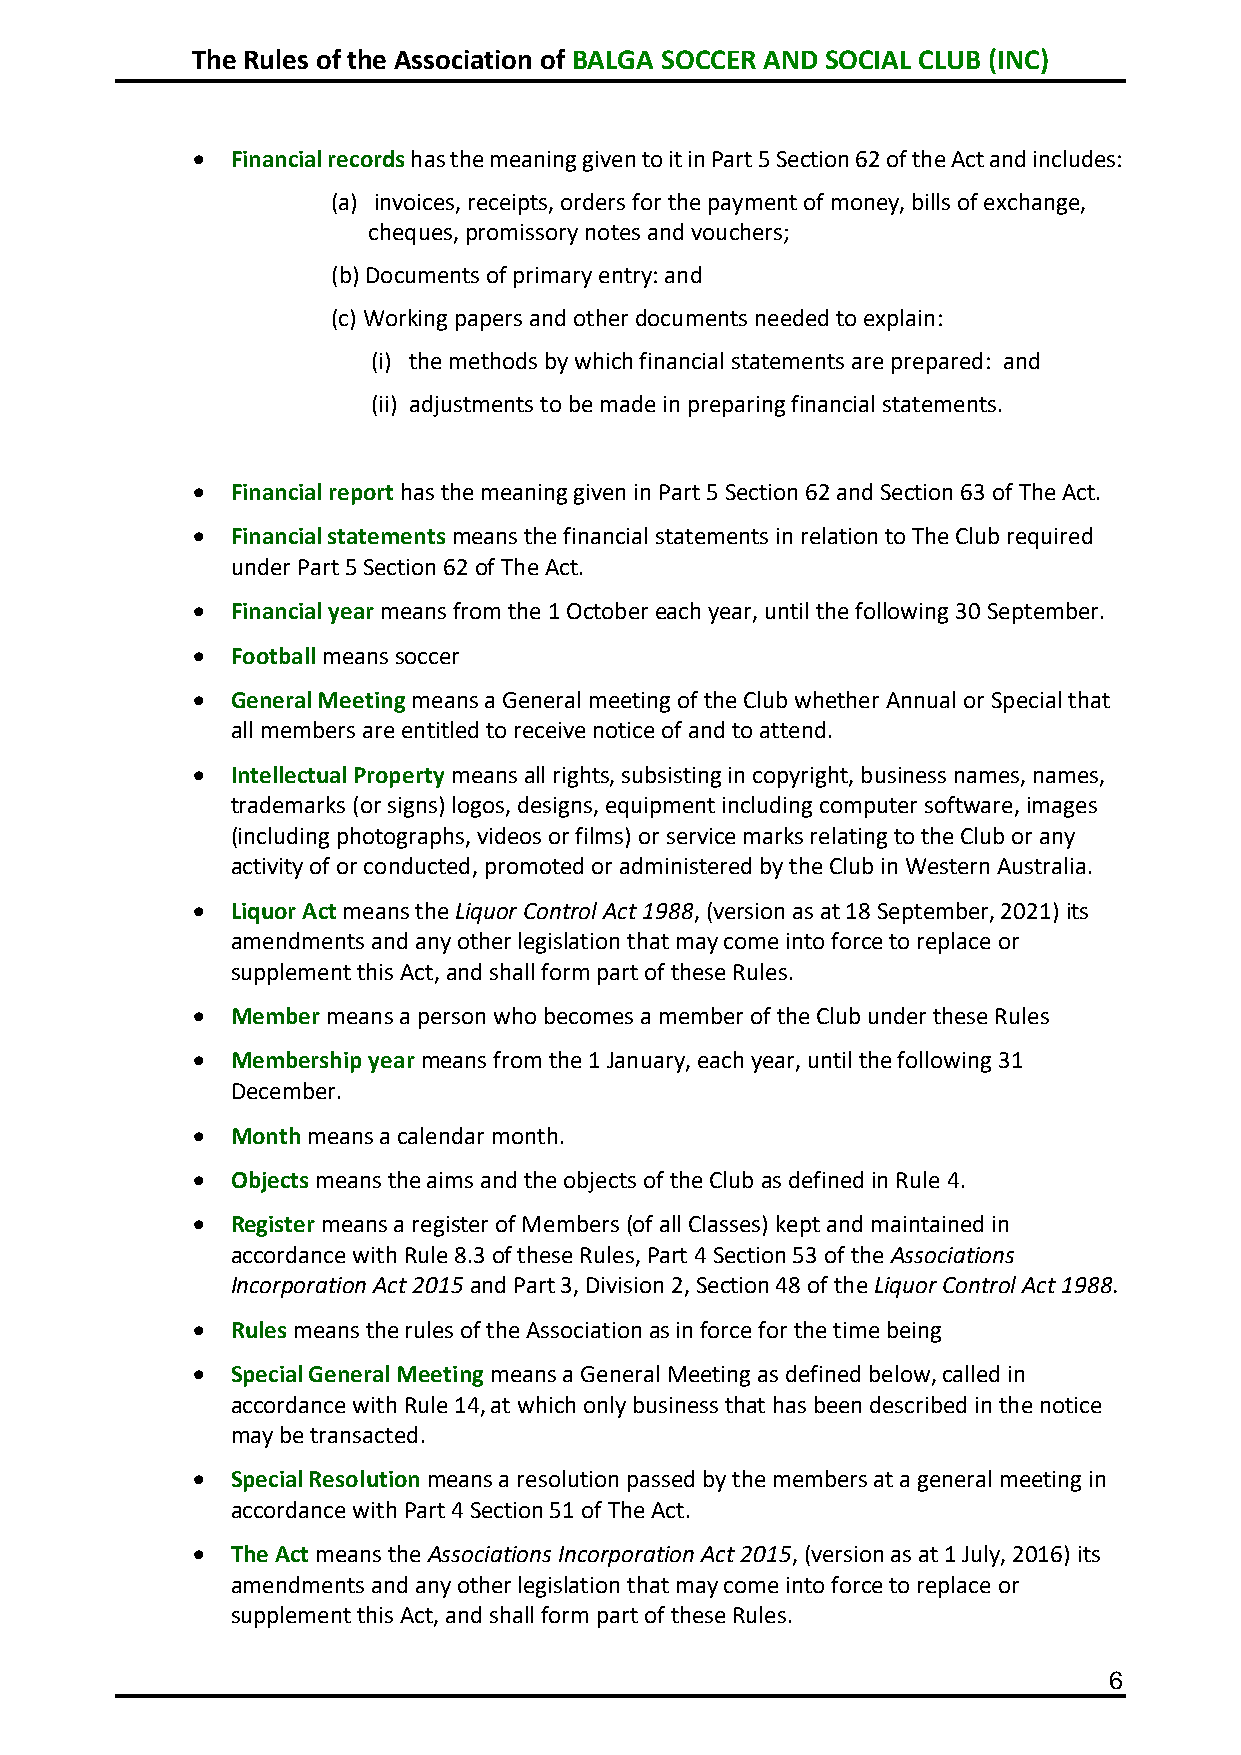
The Rules of the Association of BALGA SOCCER AND SOCIAL CLUB (INC)
 • Financial records has the meaning given to it in Part 5 Section 62 of the Act and includes:
 (a) invoices, receipts, orders for the payment of money, bills of exchange,
 cheques, promissory notes and vouchers;
 (b) Documents of primary entry: and
 (c) Working papers and other documents needed to explain:
 (i) the methods by which financial statements are prepared: and
 (ii) adjustments to be made in preparing financial statements.
 • Financial report has the meaning given in Part 5 Section 62 and Section 63 of The Act.
 • Financial statements means the financial statements in relation to The Club required
 under Part 5 Section 62 of The Act.
 • Financial year means from the 1 October each year, until the following 30 September.
 • Football means soccer
 • General Meeting means a General meeting of the Club whether Annual or Special that
 all members are entitled to receive notice of and to attend.
 • Intellectual Property means all rights, subsisting in copyright, business names, names,
 trademarks (or signs) logos, designs, equipment including computer software, images
 (including photographs, videos or films) or service marks relating to the Club or any
 activity of or conducted, promoted or administered by the Club in Western Australia.
 • Liquor Act means the Liquor Control Act 1988, (version as at 18 September, 2021) its
 amendments and any other legislation that may come into force to replace or
 supplement this Act, and shall form part of these Rules.
 • Member means a person who becomes a member of the Club under these Rules
 • Membership year means from the 1 January, each year, until the following 31
 December.
 • Month means a calendar month.
 • Objects means the aims and the objects of the Club as defined in Rule 4.
 • Register means a register of Members (of all Classes) kept and maintained in
 accordance with Rule 8.3 of these Rules, Part 4 Section 53 of the Associations
 Incorporation Act 2015 and Part 3, Division 2, Section 48 of the Liquor Control Act 1988.
 • Rules means the rules of the Association as in force for the time being
 • Special General Meeting means a General Meeting as defined below, called in
 accordance with Rule 14, at which only business that has been described in the notice
 may be transacted.
 • Special Resolution means a resolution passed by the members at a general meeting in
 accordance with Part 4 Section 51 of The Act.
 • The Act means the Associations Incorporation Act 2015, (version as at 1 July, 2016) its
 amendments and any other legislation that may come into force to replace or
 supplement this Act, and shall form part of these Rules.
 6